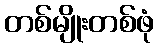
တစ်မျိုးတစ်ဖုံ